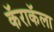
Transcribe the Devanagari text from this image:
कॅराकॅला